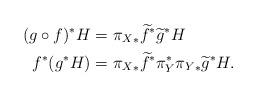
LaTeX: \begin{align*}(g\circ f)^{*}H & = {\pi_{X}}_{*} \widetilde{f}^{*} \widetilde{g}^{*}H\\f^{*}(g^{*}H) & = {\pi_{X}}_{*} \widetilde{f}^{*} \pi_{Y}^{*} {\pi_{Y}}_{*} \widetilde{g}^{*}H.\end{align*}